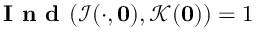
\textbf { I n d } ( \mathcal { I } ( \cdot , \mathbf { 0 } ) , \mathcal { K } ( \mathbf { 0 } ) ) = 1